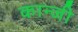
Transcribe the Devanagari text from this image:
कान्जी